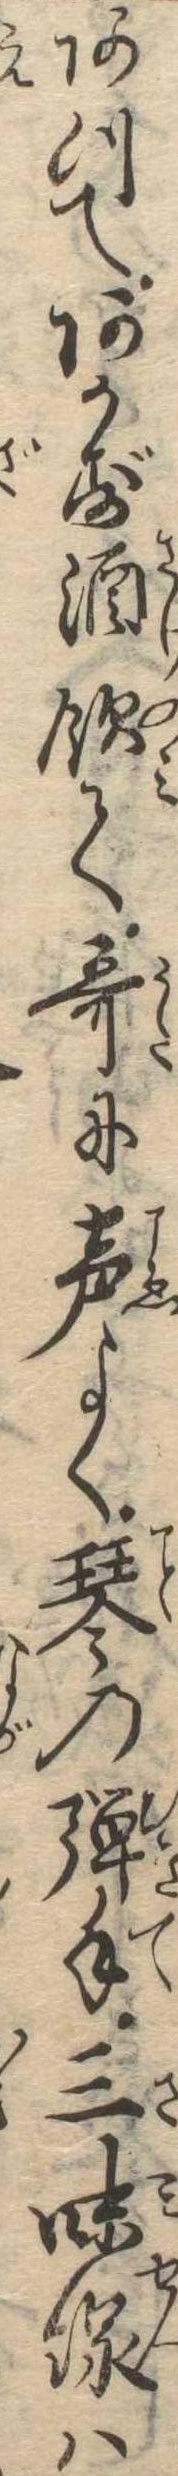
あつてあかず酒飲て歌に声よく琴の弾手三味線は